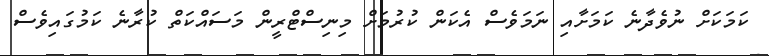
ކަމަކަށް ނުވެދާނެ ކަމަށާއި ނަމަވެސް އެކަން ކުރުމަށް މިނިސްޓްރީން މަސައްކަތް ކުރާނެ ކަމުގައިވެސް